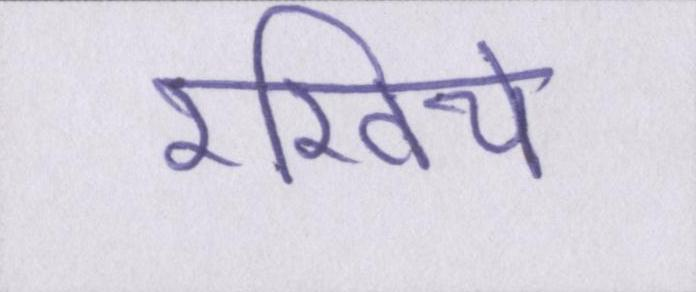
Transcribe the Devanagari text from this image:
रखिये